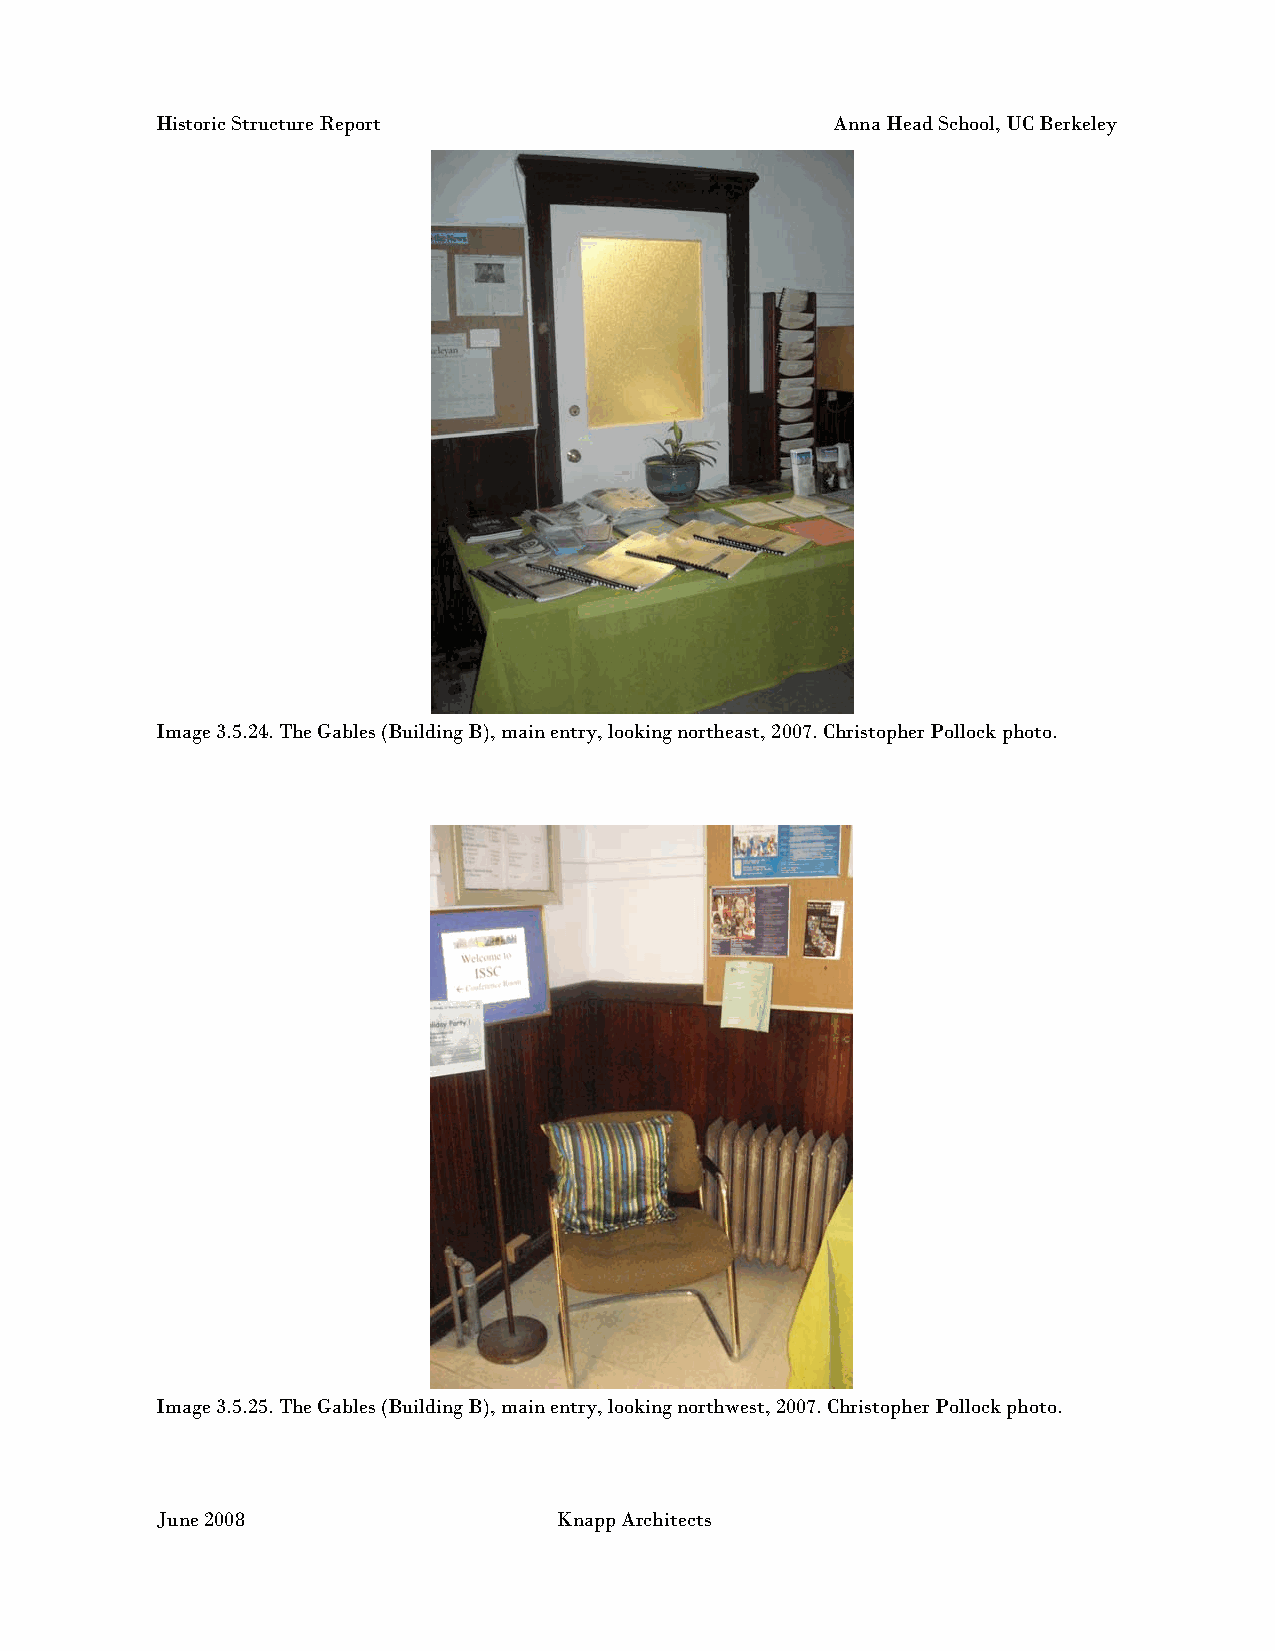
Historic Structure Report                    Anna Head School, UC Berkeley
 Image 3.5.24. The Gables (Building B), main entry, looking northeast, 2007. Christopher Pollock photo.
 Image 3.5.25. The Gables (Building B), main entry, looking northwest, 2007. Christopher Pollock photo.
 June 2008                  Knapp Architects